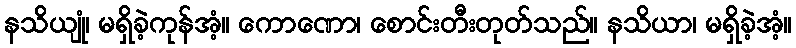
နသိယျုံ၊ မရှိခဲ့ကုန်အံ့။ ကောဏော၊ စောင်းတီးတုတ်သည်။ နသိယာ၊ မရှိခဲ့အံ့။